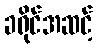
ခရိုင်အဆင့်